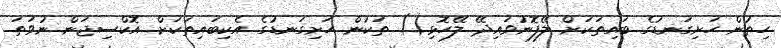
ހިތުން ހަށިގަނޑުގެ ބައިތަކަށް ލޭފޮނުވައިދޭ ލޭހޮޅި() ތަކުން ހަށިގަނޑުގެ އެކިބައިތަކަށް އޮކްސިޖަން ނުވަތަ